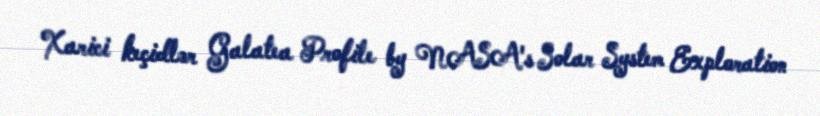
Xarici keçidlər Galatea Profile by NASA's Solar System Exploration